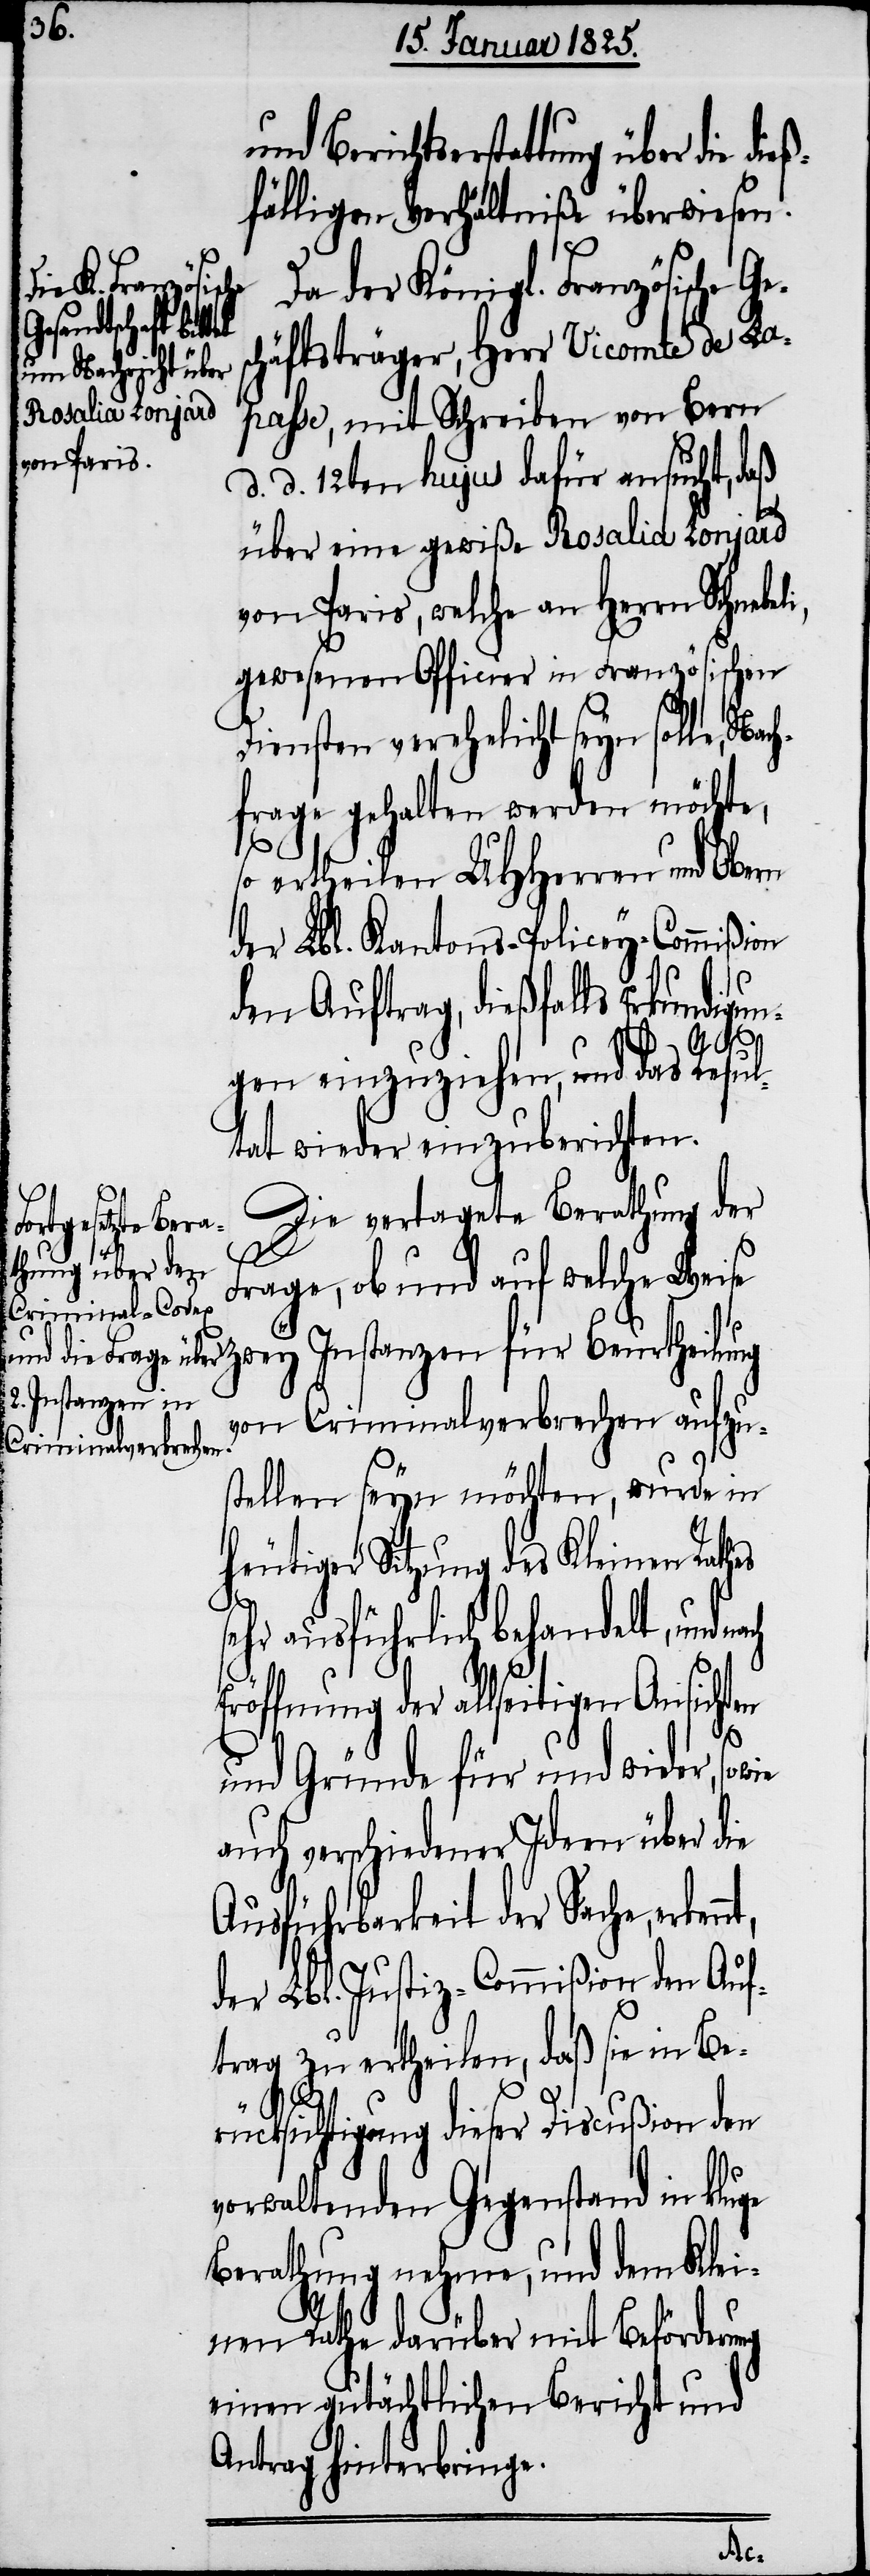
ücks¬
ge

und Berichtserstattung über die die¬
ßfälligen Verhältniße überwiesen.
Da der Königl. Französische
chäftsträger, Herr Vicomte de La¬
passe, mit Schreiben von Bern
d. d. 12ten hujus dafür ansucht, daß
über eine gewiße Rosalia Lonjard
von Paris, welche an Herrn Schnebel¬
gewesenen Officier in Französischen
Diensten verehelicht seyn solle, Nach¬
frage gehalten werden möchte,
so ertheilen UHHerren und Obern
der Lbl. Kantons-Policey-Commißion
den Auftrag, dießfalls Erkundigun¬
gen einzuziehen, und das Resul¬
tat wieder einzuberichten.
Die vertagete Berathung der
i,
Frage, ob und auf welche Weise
zwey Instanzen für Beurtheilung
von Criminalverbrechen aufzu¬
stellen seyn möchten, wurde in
heutiger Sitzung des Kleinen Rath¬
sehr ausführlich behandelt, und
Eröffnung der allseitigen Ansichten
sowie
und Gründe für und wider,
auch verschiedener Ideen über die
Ausführbarkeit der Sache, erken¬
der Lbl. Justiz-Commißion den Auf¬
trag zu ertheilen, daß sie in Ber¬
ichtigung dieser Discußion den
verwaltenden Gegenstand in klu¬
Berathung nehme, und dem Klei¬
nen Rathe darüber mit Beförderung
einen gutächtlichen Bericht und
Antrag hinterbringe.